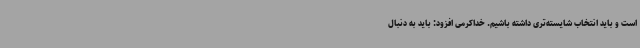
است و باید انتخاب شایسته‌تری داشته باشیم. خداکرمی افزود: باید به دنبال